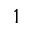
^ { 1 }